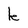
Character: k